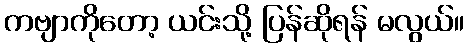
ကဗျာကိုတော့ ယင်းသို့ ပြန်ဆိုရန် မလွယ်။